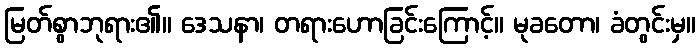
မြတ်စွာဘုရား၏။ ဒေသနာ၊ တရားဟောခြင်းကြောင့်။ မုခတော၊ ခံတွင်းမှ။